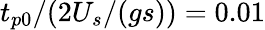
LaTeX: t_{p0}/(2U_{s}/(gs))=0.01